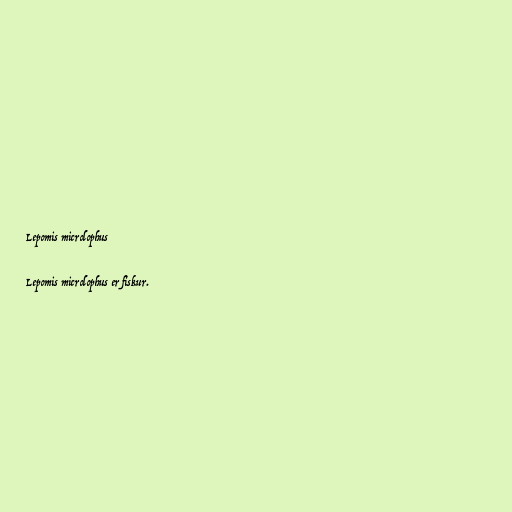
Lepomis microlophus

Lepomis microlophus er fiskur.